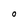
Character: O